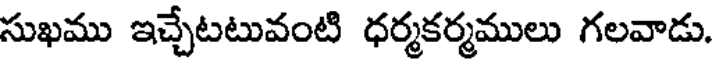
సుఖము ఇచ్చేటటువంటి ధర్మకర్మములు గలవాడు.